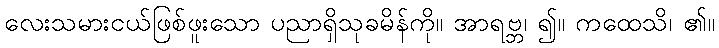
လေးသမားငယ်ဖြစ်ဖူးသော ပညာရှိသုခမိန်ကို။ အာရဗ္ဘ၊ ၍။ ကထေသိ၊ ၏။